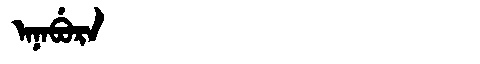
Manchu: ᠠᠨᠠᠪᡠᡵᠠ
Romanization: ANABURA